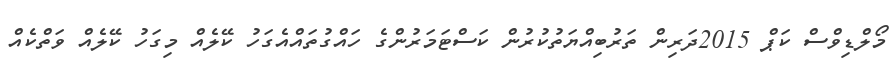
މޯލްޑިވްސް ކަޕް 2015ދަރިން ތަރުބިއްޔަތުކުރުން ކަސްޓަމަރުންގެ ހައްގުތައްއެގަހު ކޭލެއް މިގަހު ކޭލެއް ވަތްކެއް